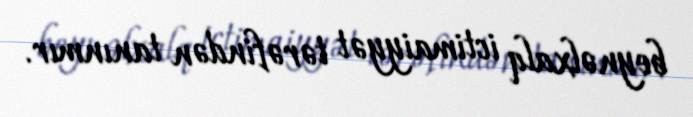
beynəlxalq ictimaiyyət tərəfindən tanınmır.